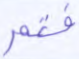
فتم